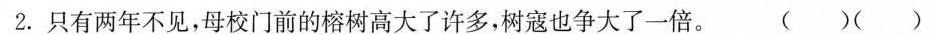
2.只有两年不见，母校门前的榕树高大了许多，树寇也争大了一倍。 ( ) ( )